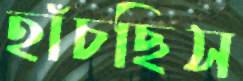
হাঁচছিস